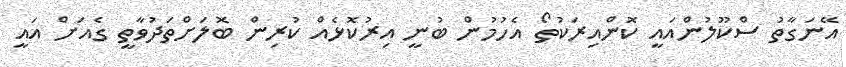
އޭނަގާތު ސްކޫލުންއައީ ކޮންއިރަކުތޯ އެހުމުން ބުނީ އިރުކޮޅެއް ކުރިން ބޮލަށްތަދުވާތީ ގެއަށް އައީ